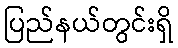
ပြည်နယ်တွင်းရှိ